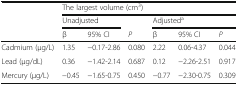
| <ROWSPAN=3>  | <COLSPAN=6> The largest volume (cm3) |
 | <COLSPAN=2> Unadjusted |  | <COLSPAN=3> Adjusteda |
 | β | 95% CI | P | β | 95% CI | P |
 | --- | --- | --- | --- | --- | --- | --- |
 | Cadmium (μg/L) | 1.35 | −0.17-2.86 | 0.080 | 2.22 | 0.06-4.37 | 0.044 |
 | Lead (μg/dL) | 0.36 | −1.42-2.14 | 0.687 | 0.12 | −2.26-2.51 | 0.917 |
 | Mercury (μg/L) | −0.45 | −1.65-0.75 | 0.450 | −0.77 | −2.30-0.75 | 0.309 |